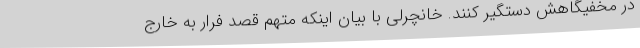
در مخفیگاهش دستگیر کنند. خانچرلی با بیان اینکه متهم قصد فرار به خارج